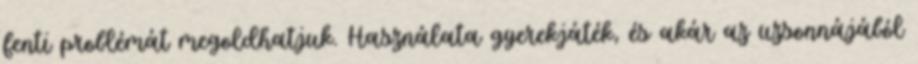
fenti problémát megoldhatjuk. Használata gyerekjáték, és akár az uzsonnájából